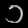
Digit: ၁